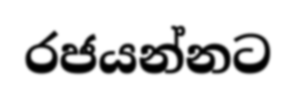
රජයන්නට